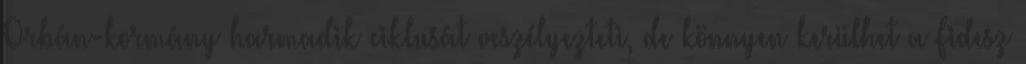
Orbán-kormány harmadik ciklusát veszélyezteti, de könnyen kerülhet a Fidesz